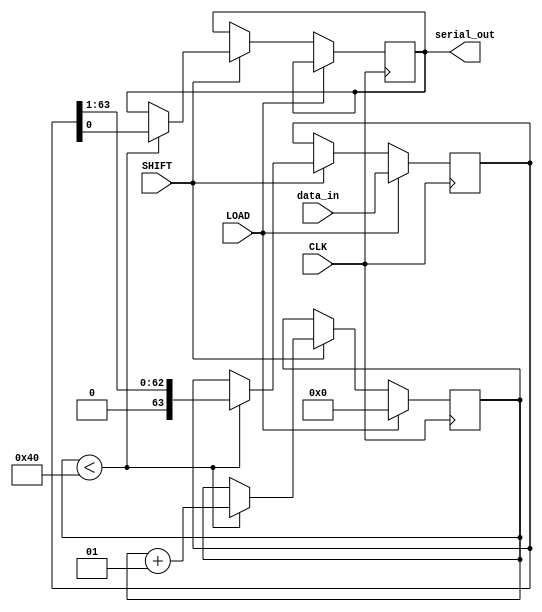
module PISO_Register (
    input wire [63:0] data_in,   // 64-bit input data
    input wire LOAD,              // Load control signal
    input wire SHIFT,             // Shift control signal
    input wire CLK,               // Clock signal
    output reg serial_out         // Serial output line
);

    reg [63:0] shift_reg;         // 64-bit shift register
    integer bit_count;            // Counter for shifting bits

    // Initial state
    initial begin
        shift_reg = 64'b0;        // Initialize shift register to zero
        serial_out = 1'b0;        // Initialize serial output to zero
        bit_count = 0;            // Initialize bit count
    end

    // Sequential logic for loading and shifting
    always @(posedge CLK) begin
        if (LOAD) begin
            // Load data into the shift register
            shift_reg <= data_in;  // Load data in parallel
            bit_count <= 0;         // Reset bit counter
        end
        else if (SHIFT) begin
            // Shift data out serially
            if (bit_count < 64) begin
                serial_out <= shift_reg[0]; // Output the LSB
                shift_reg <= shift_reg >> 1; // Shift right
                bit_count <= bit_count + 1;   // Increment bit counter
            end
        end
    end

endmodule